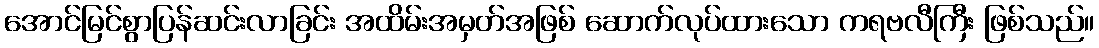
အောင်မြင်စွာပြန်ဆင်းလာခြင်း အထိမ်းအမှတ်အဖြစ် ဆောက်လုပ်ထားသော ကရဗလီကြီး ဖြစ်သည်။